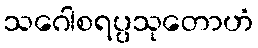
သဂေါစရပ္ပသုတောဟံ